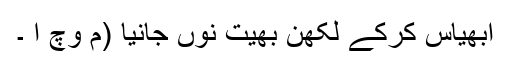
ابھیاس کرکے لکھن بھیت نوں جانیا (م وچ ا ۔